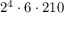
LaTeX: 2 ^ { 4 } \cdot 6 \cdot 2 1 0